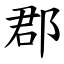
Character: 郡